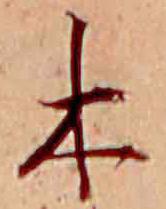
木